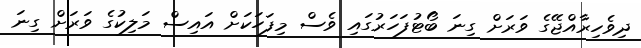
ދިވެހިރާއްޖޭގެ ވަރަށް ގިނަ ބޯޓުފަހަރުގައި ވެސް މިފަހަކަށް އައިސް މަލިކުގެ ވަރަށް ގިނަ